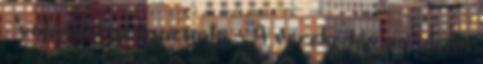
- válaszol az igazgató. - A verekedés az utcán